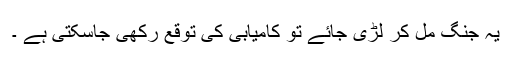
یہ جنگ مل کر لڑی جائے تو کامیابی کی توقع رکھی جاسکتی ہے ۔